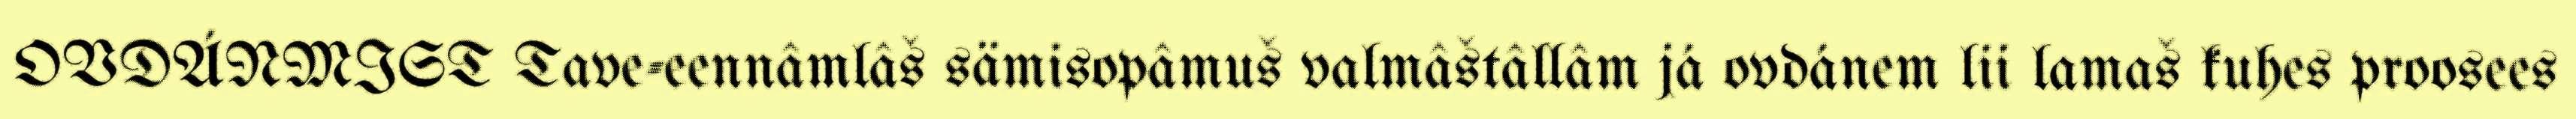
OVDÁNMIST Tave-eennâmlâš sämisopâmuš valmâštâllâm já ovdánem lii lamaš kuhes proosees